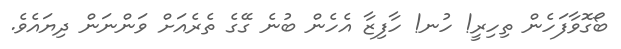
ބޯގޮވާފަހެން ތިހިރީ! ހުނ! ހާފިޒާ އެހެން ބުނެ ގޭގެ ތެރެއަށް ވަންނަން ދިޔައެވެ.